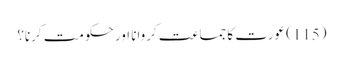
(115) عورت کا جماعت کروانا اور حکومت کرنا؟